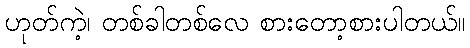
ဟုတ်ကဲ့၊ တစ်ခါတစ်လေ စားတော့စားပါတယ်။